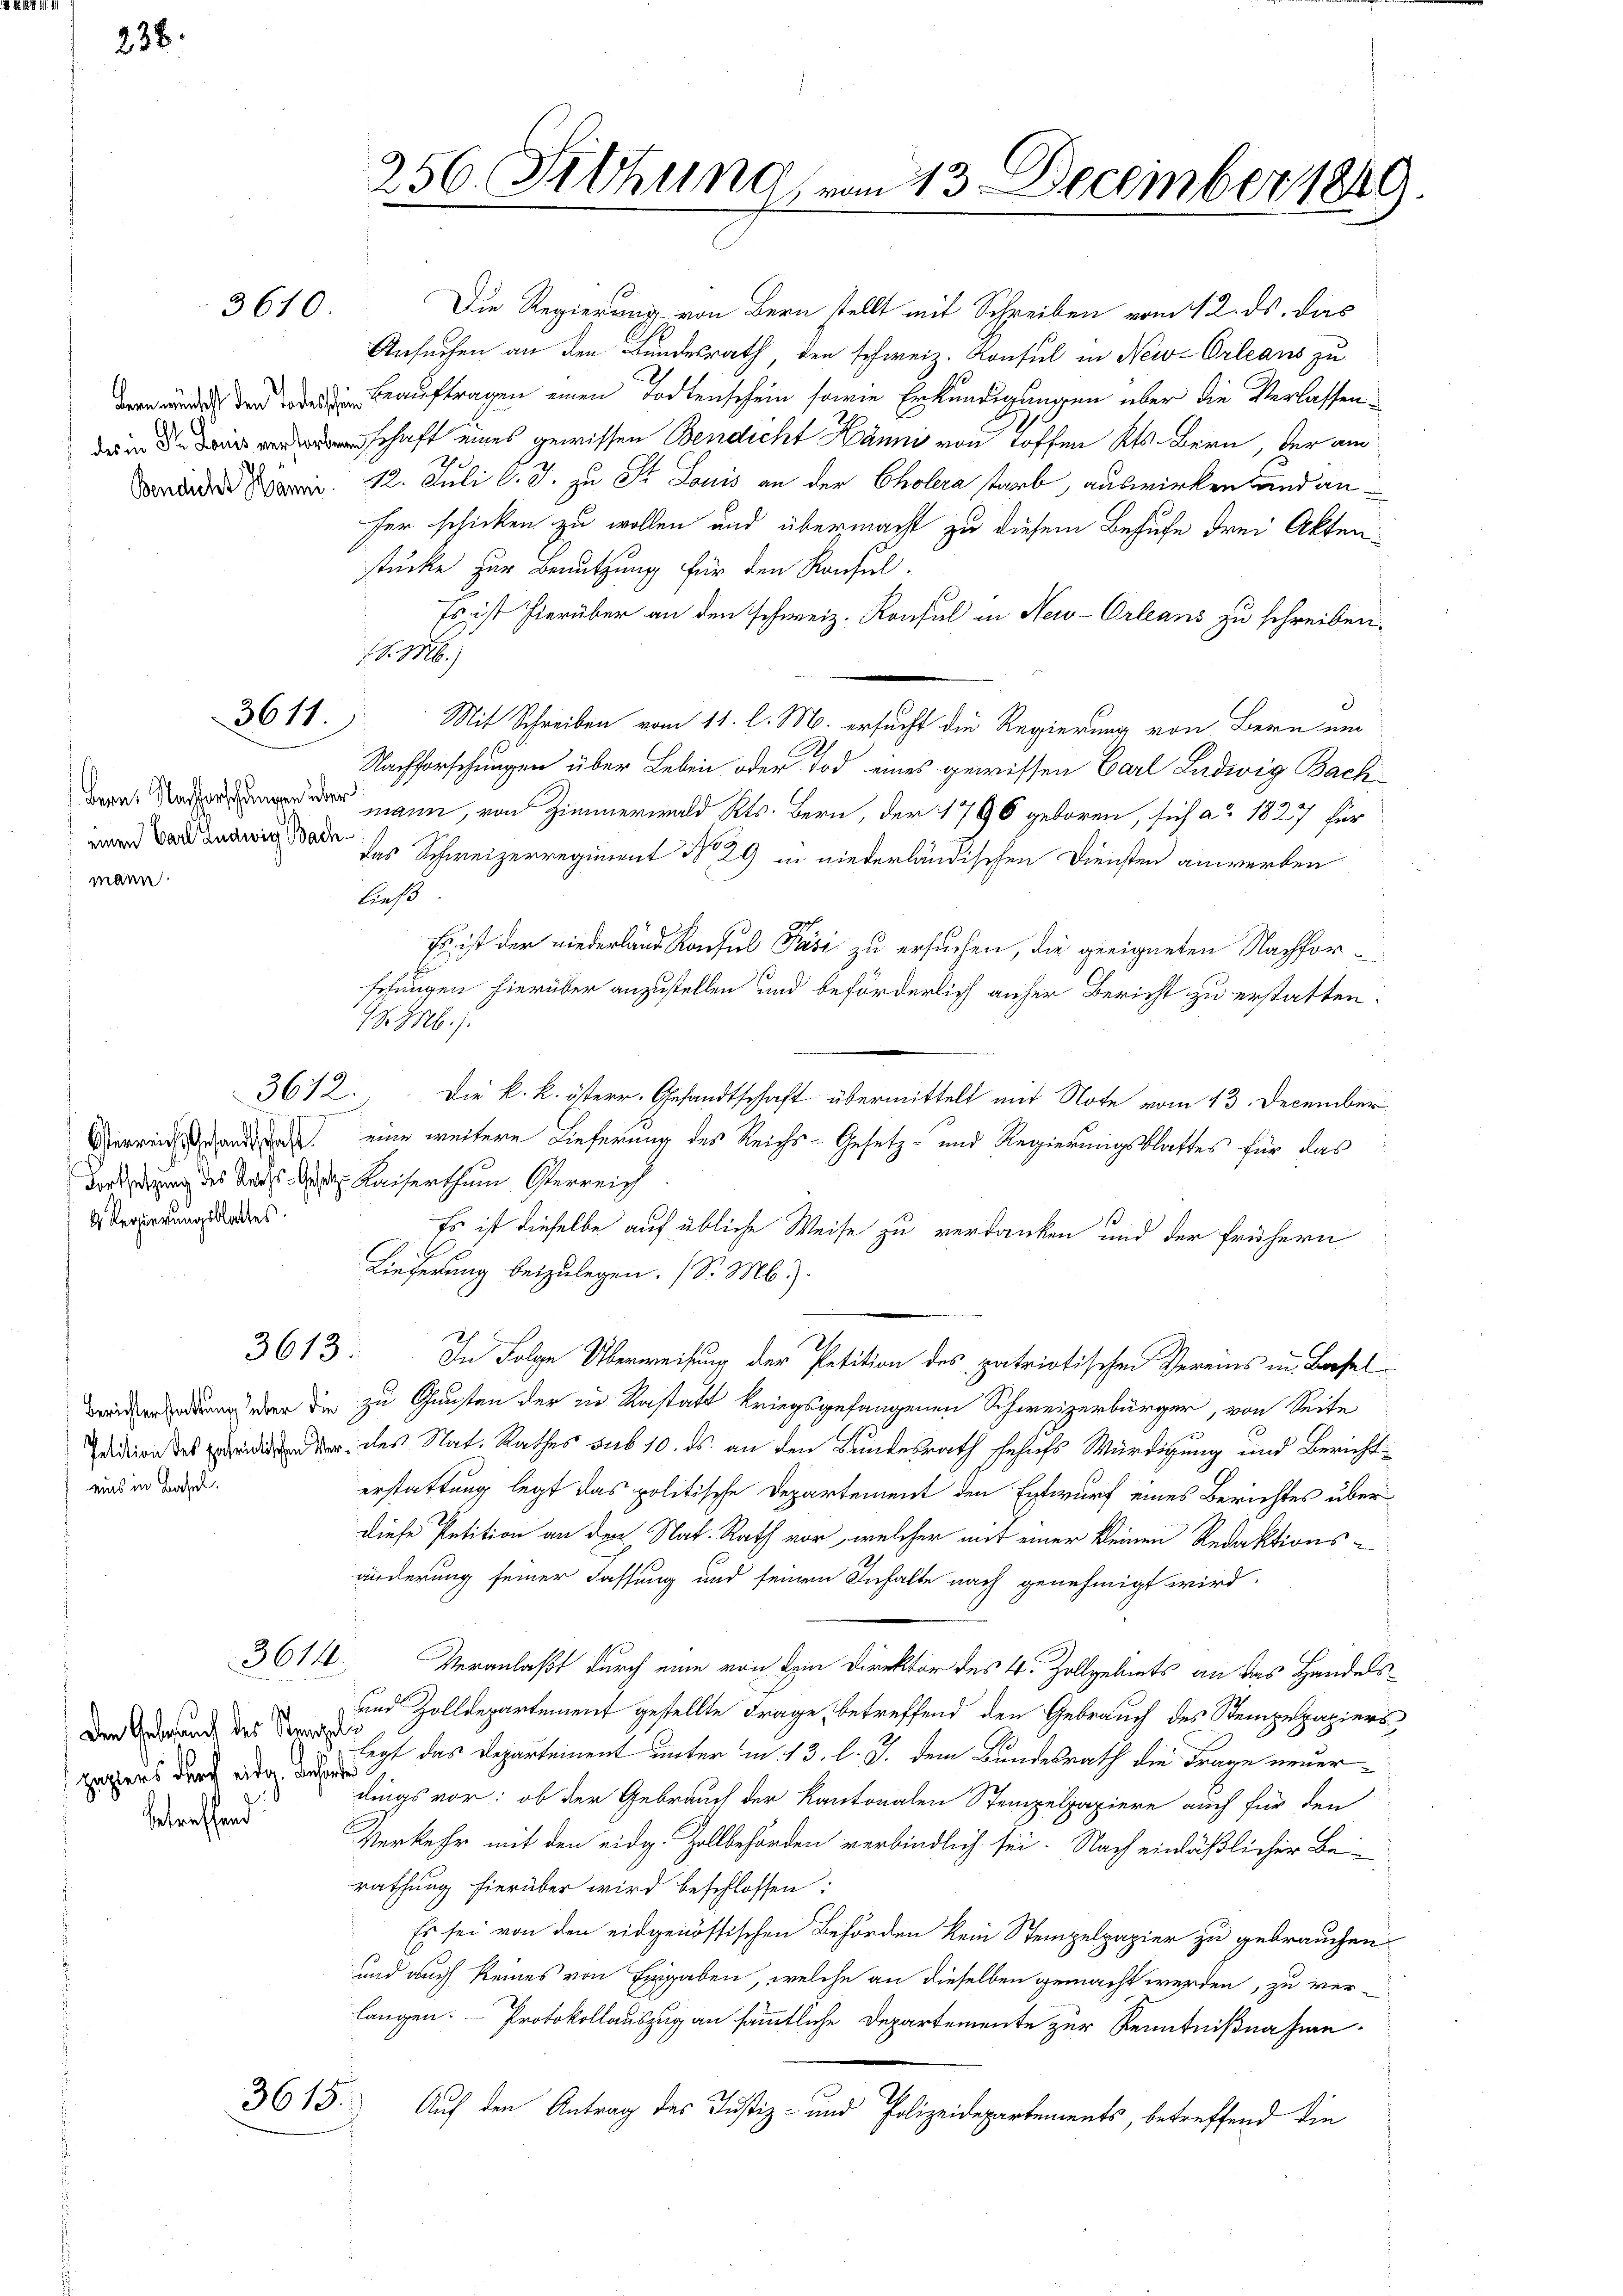
238.

warm.

3610.

3611.

3612.

u
d Regierungsblattes.

eins in Basel.

3614.

Den Gebrauch des Straeli
paziers durch eidg. Behörte
betreffend

256. Sitzung, vom 13. December 1849.

Die Regierung von Bern stellt mit Schreiben vom 12. ds. das
Ansuchen an den Bundesrath den schweiz. Konsul in New-Orleans zu
 Beauftragen einen Todtenschein sowie Erkundigungen über die Verlassennschaft eines gewissen Bendicht Hänni von hoffen Kts. Bern, der am
 . 12. Juli l. J. zu St. Louis an der Cholera starb, auswirken land anfer schicken zu wollen und übermacht zu diesem Behufe drei Aktenstücke zur Benutzung für den Konsul-
Es ist hierüber an den schweiz. Konsul in New-Orleans zu schreiben.
. 38.
d
Mit Schreiben vom 11. l. M. ersucht die Regierung von Bern um
A
Nachforschungen über Leben oder Tod eines gewissen Carl Ludwig Bach¬
 an, von Zimmerwald Kts. Bern, der 1796 geboren, sich ad 1827 für
   Schweizerregiment No. 29 in niederländischen Diensten anwerken
ließ.
Es ist der niederland Konsul Päsi zu ersuchen, die geeigneten Nachforsehungen hierüber anzustellen und beförderlich anher Bericht zu erstatten:
18. b.)
Die k. k. österr. Gesandtschaft übermittelt mit Note vom 13. December
Verreichsandte eine weitere Lieferung des Reichs-Gesetz- und Regierungsblattes für das
Forderung des Raths Oster Kaiserthum Sterreich
Es ist dieselbe auf übliche Weise zu verdanken und der frühern
Lieferung beizulegen. (S. M.).
3613: In Folge Überweisung der Petition des patriotischen Vereins in Basel
dn der die zu Gunsten der in Kastatt kriegsgefangenen Schweizerbürger, von Seite
ddiens der des Nat. Rathes sub 10. ds. an den Bundesrath behufs Würdigung und Berichterstattung legt das politische Departement den Entwurf eines Berichtes überdiese Petition an den Nat. Rath vor, welcher mit einer kleinen Redaktionsänderung seiner Fassung und seinen Inhalte nach genehmigt wird,
Veranlaßt durch eine von dem Direktor des 4 Zollgebiets an das Handels¬
und Zolldepartement gestellte Frage, betreffend den Gebrauch des Stempelpapierslegt das Departement unter in 13. l. J. dem Bundesrath die Frage neuerdings vor: ob der Gebrauch der Kantonalen Stempelpapiere auch für den
Verkehr mit den eidg. Zollbehörden verbindlich sei. Nach einläßlicher Berathung hierüber wird beschlossen:
Es sei von den eidgenössischen Behörden kein Stempelpapier zu gebrauchen
und auch keines von Eingaben, welche an dieselben gemacht werden, zu verlangen. Protokollauszug an sämmtliche Departemente zur Kenntnißnahme¬
3615.
Auf den Antrag des Justiz- und Polizeidepartements, betreffend die